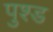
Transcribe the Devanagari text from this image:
पुश्ड